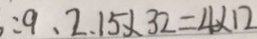
: 9 、 2 . 1 5 \times 3 2 = 4 \times 1 2